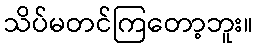
သိပ်မတင်ကြတော့ဘူး။